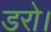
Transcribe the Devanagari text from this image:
डरो।